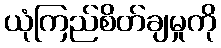
ယုံကြည်စိတ်ချမှုကို